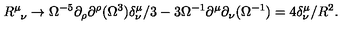
R _ { \phantom { \mu } \nu } ^ { \mu } \rightarrow \Omega ^ { - 5 } \partial _ { \rho } \partial ^ { \rho } ( \Omega ^ { 3 } ) \delta _ { \nu } ^ { \mu } / 3 - 3 \Omega ^ { - 1 } \partial ^ { \mu } \partial _ { \nu } ( \Omega ^ { - 1 } ) = 4 \delta _ { \nu } ^ { \mu } / R ^ { 2 } .